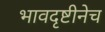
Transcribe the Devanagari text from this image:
भावदृष्टीनेच